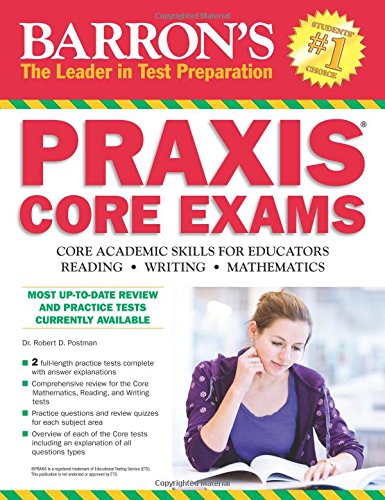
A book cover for Barron's PRAXIS CORE EXAMS: Core Academic Skills for Educators; Robert D. Postman  Ed. D; Test Preparation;